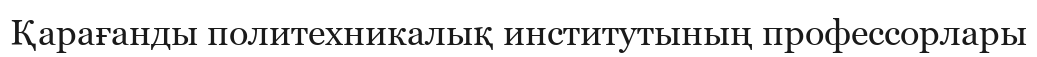
Қарағанды политехникалық институтының профессорлары